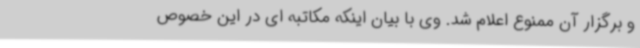
و برگزار آن ممنوع اعلام شد. وی با بیان اینکه مکاتبه ای در این خصوص